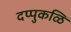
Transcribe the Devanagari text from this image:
दप्पुकळि